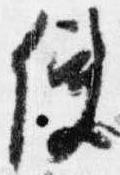
使